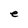
Character: e